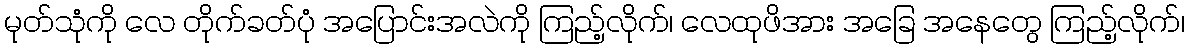
မုတ်သုံကို လေ တိုက်ခတ်ပုံ အပြောင်းအလဲကို ကြည့်လိုက်၊ လေထုဖိအား အခြေ အနေတွေ ကြည့်လိုက်၊